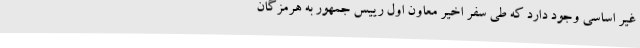
غیر اساسی وجود دارد که طی سفر اخیر معاون اول رییس جمهور به هرمزگان